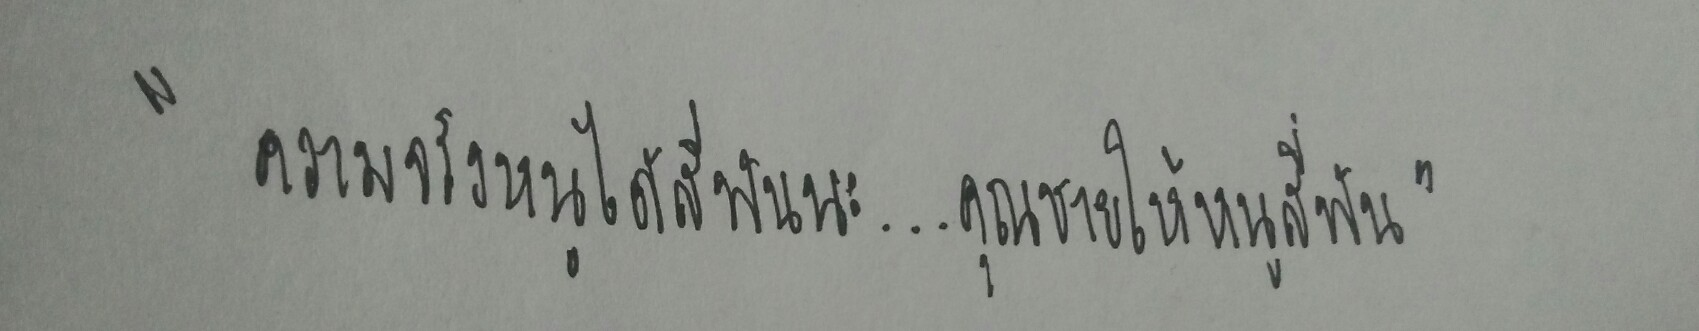
"ความจริงหนูได้สี่พันนะ...คุณผู้ชายให้หนูสี่พัน"